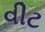
વીટ